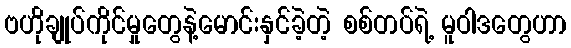
ဗဟိုချုပ်ကိုင်မှုတွေနဲ့မောင်းနှင်ခဲ့တဲ့ စစ်တပ်ရဲ့ မူဝါဒတွေဟာ